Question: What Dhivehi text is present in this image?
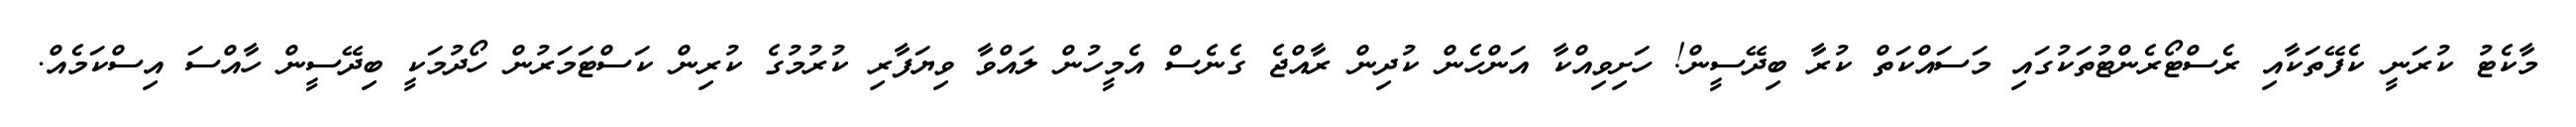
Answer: މާކެޓު ކުރަނީ ކެފޭތަކާއި ރެސްޓޯރެންޓުތަކުގައި މަސައްކަތް ކުރާ ބިދޭސީން! ހަށިވިއްކާ އަންހެން ކުދިން ރާއްޖެ ގެނެސް އެމީހުން ލައްވާ ވިޔަފާރި ކުރުމުގެ ކުރިން ކަސްޓަމަރުން ހޯދުމަކީ ބިދޭސީން ހާއްސަ އިސްކަމެއް.